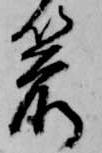
箭